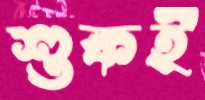
শুকই